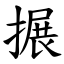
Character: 搌